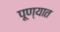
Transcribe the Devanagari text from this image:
पूण्यात